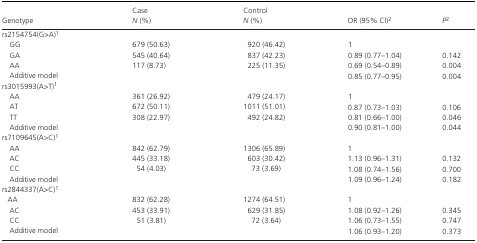
| Genotype | CaseN (%) | ControlN (%) | OR (95% CI)2 | P2 |
 | --- | --- | --- | --- | --- |
 | <COLSPAN=5> rs2154754(G>A)1 |
 | GG | 679 (50.63) | 920 (46.42) | 1 |  |
 | GA | 545 (40.64) | 837 (42.23) | 0.89 (0.77–1.04) | 0.142 |
 | AA | 117 (8.73) | 225 (11.35) | 0.69 (0.54–0.89) | 0.004 |
 | Additive model |  |  | 0.85 (0.77–0.95) | 0.004 |
 | <COLSPAN=5> rs3015993(A>T)1 |
 | AA | 361 (26.92) | 479 (24.17) | 1 |  |
 | AT | 672 (50.11) | 1011 (51.01) | 0.87 (0.73–1.03) | 0.106 |
 | TT | 308 (22.97) | 492 (24.82) | 0.81 (0.66–1.00) | 0.046 |
 | Additive model |  |  | 0.90 (0.81–1.00) | 0.044 |
 | <COLSPAN=5> rs7109645(A>C)1 |
 | AA | 842 (62.79) | 1306 (65.89) | 1 |  |
 | AC | 445 (33.18) | 603 (30.42) | 1.13 (0.96–1.31) | 0.132 |
 | CC | 54 (4.03) | 73 (3.69) | 1.08 (0.74–1.56) | 0.700 |
 | Additive model |  |  | 1.09 (0.96–1.24) | 0.182 |
 | <COLSPAN=5> rs2844337(A>C)1 |
 | AA | 832 (62.28) | 1274 (64.51) | 1 |  |
 | AC | 453 (33.91) | 629 (31.85) | 1.08 (0.92–1.26) | 0.345 |
 | CC | 51 (3.81) | 72 (3.64) | 1.06 (0.73–1.55) | 0.747 |
 | Additive model |  |  | 1.06 (0.93–1.20) | 0.373 |